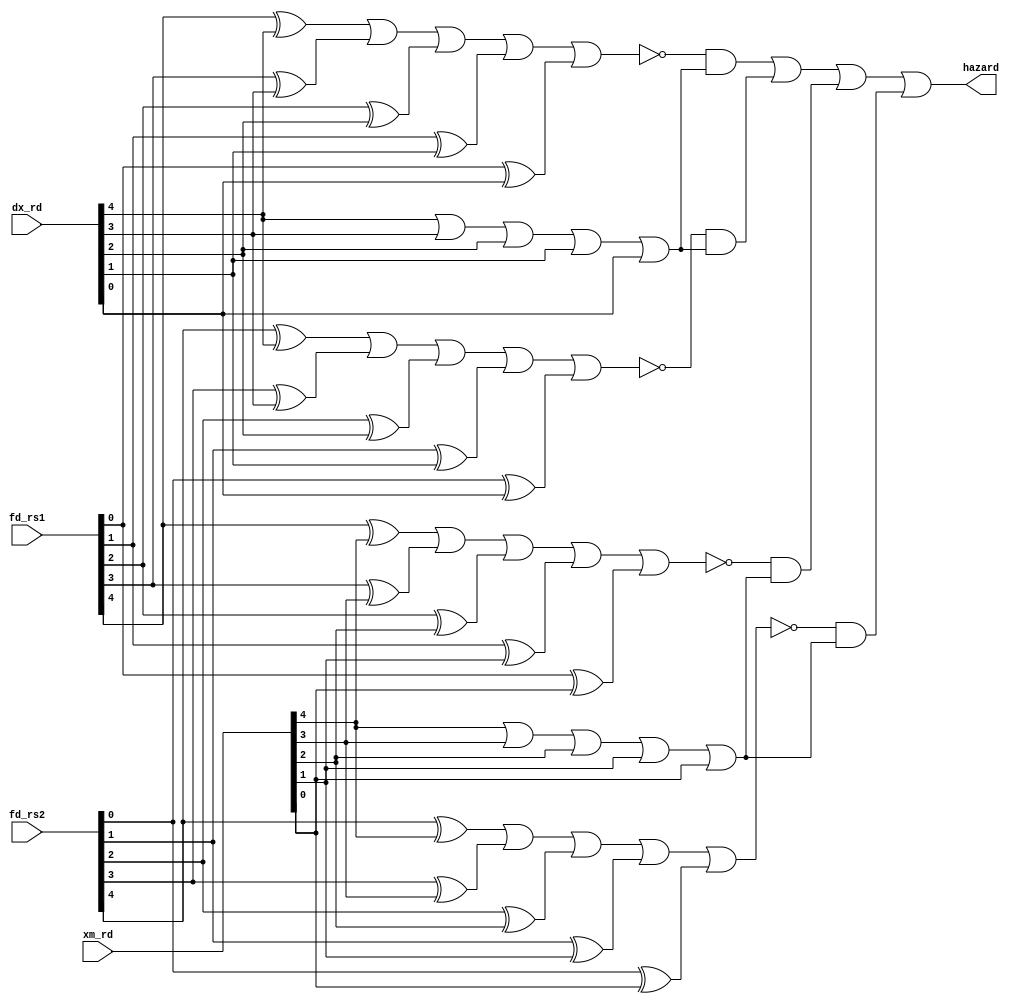
module detectHazard(fd_rs1, fd_rs2, dx_rd, xm_rd, hazard);

	/** Asserts hazard signal if hazard is detected
	 *	 Hazards are detected if:
	 *  (fd.rs1 == dx.rd && dx.rd != 00000)
	 *  OR
	 *  (fd.rs2 == dx.rd && dx.rd != 00000)
	 *  OR
	 *  (fd.rs1 == xm.rd && xm.rd != 00000)
	 *  OR
	 *  (fd.rs2 == xm.rd ** xm.rd != 00000)
	 *
	 *  NOTE: Does not detect lw/sw hazards
	 */


	input[4:0] fd_rs1, fd_rs2, dx_rd, xm_rd;
	output hazard;
	
	wire[4:0] dx1, xm1, dx2, xm2; // dxi is bitwise fd_rsi XOR dx_rd; xmi is bitwise fd_rsi XOR xm_rd
	wire neq1, neq2, neq3, neq4;
	wire eq1, eq2, eq3, eq4, r0dx, r0xm; // r0dx, r0xm asserted if rd is 0 for those stages
	
	/* XOR fd_rsi with xm_rd or dx_rd */
	
	genvar a;
	generate
		for (a = 0; a < 5; a = a + 1) begin: loop0
			xor xordx1(dx1[a], fd_rs1[a], dx_rd[a]);
			xor xordx2(dx2[a], fd_rs2[a], dx_rd[a]);
			xor xorxm1(xm1[a], fd_rs1[a], xm_rd[a]);
			xor xorxm2(xm2[a], fd_rs2[a], xm_rd[a]);
		end
	endgenerate
	
	/* Check fd_rs1 = dx_rd */
	
	nor check1(eq1, dx1[4], dx1[3], dx1[2], dx1[1], dx1[0]); // If equal, all XOR should be 0
	
	/* Check fd_rs2 = dx_rd */
	
	nor check2(eq2, dx2[4], dx2[3], dx2[2], dx2[1], dx2[0]);
	
	/* Check fd_rs1 = xm_rd */
	
	nor check3(eq3, xm1[4], xm1[3], xm1[2], xm1[1], xm1[0]);
	
	/* Check fd_rs2 = xm_rd */
	
	nor check4(eq4, xm2[4], xm2[3], xm2[2], xm2[1], xm2[0]);
	
	/* Check if rd = 0 -> if so, no hazard */
	
	nor checkdx0(r0dx, dx_rd[4], dx_rd[3], dx_rd[2], dx_rd[1], dx_rd[0]); // 1 if dx.rd = 0
	nor checkxm0(r0xm, xm_rd[4], xm_rd[3], xm_rd[2], xm_rd[1], xm_rd[0]); // 1 if xm.rd = 0
	
	wire n0dx, n0xm;
	
	not not1(n0dx, r0dx); // 1 if dx.rd != 0
	not not2(n0xm, r0xm); // 1 if xm.rd != 0
	
	wire dxHazard1, dxHazard2, xmHazard1, xmHazard2;
	
	and hazard1(dxHazard1, eq1, n0dx); // hazard if dx.rd = fd.rs1 AND dx.rd != 0
	and hazard2(dxHazard2, eq2, n0dx);
	and hazard3(xmHazard1, eq3, n0xm);
	and hazard4(xmHazard2, eq4, n0xm);
	
	or lastOr(hazard, dxHazard1, dxHazard2, xmHazard1, xmHazard2);
	
	
	

endmodule